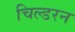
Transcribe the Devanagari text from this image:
चिल्डरन